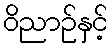
ဝိညာဉ်နှင့်